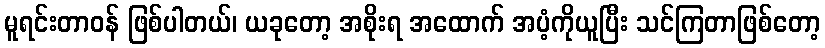
မူရင်းတာဝန် ဖြစ်ပါတယ်၊ ယခုတော့ အစိုးရ အထောက် အပံ့ကိုယူပြီး သင်ကြတာဖြစ်တော့